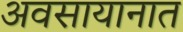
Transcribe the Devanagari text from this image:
अवसायानात